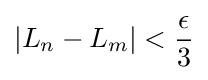
\left|L_{n}-L_{m}\right|<{\frac {\epsilon }{3}}